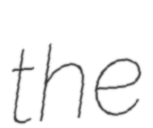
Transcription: the